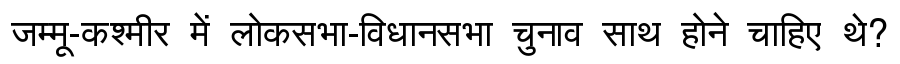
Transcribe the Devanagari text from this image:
जम्मू-कश्मीर में लोकसभा-विधानसभा चुनाव साथ होने चाहिए थे?